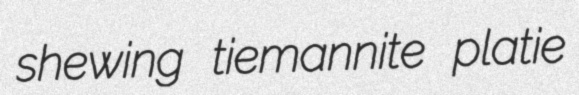
shewing tiemannite platie